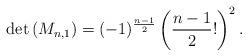
LaTeX: \begin{align*} \operatorname{det}\left(M_{n,1}\right)=(-1)^{\frac{n-1}{2}}\left(\frac{n-1}{2} !\right)^{2}. \end{align*}